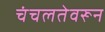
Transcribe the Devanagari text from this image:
चंचलतेवरून